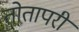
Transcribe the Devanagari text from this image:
तोतापरी